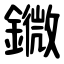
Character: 䥩